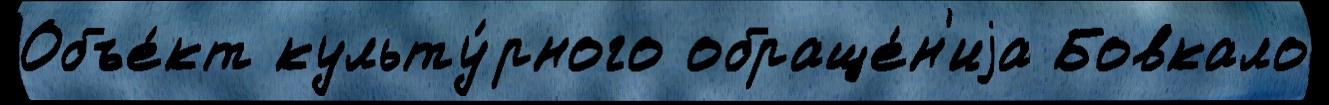
Объе́кт культу́рного обраще́н'иjа Бовкало